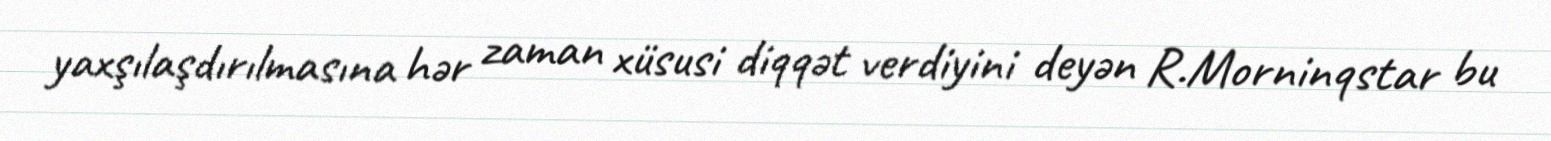
yaxşılaşdırılmasına hər zaman xüsusi diqqət verdiyini deyən R.Morninqstar bu